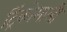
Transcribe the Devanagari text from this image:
ट्रिंकोमाली